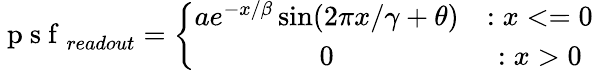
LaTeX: \mathrm{~p~s~f~}_{readout}=\left\{ \begin{array}{cc}{ae^{-x/\beta}\sin(2\pi x/\gamma+\theta)}&{:x<=0}\\ {0}&{:x>0}\end{array}\right.